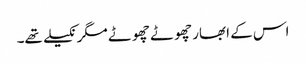
اس کے ابھار چھوٹے چھوٹے مگر نکیلے تھے۔